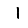
Digit: 1